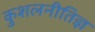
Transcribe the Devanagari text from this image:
कुशलनीतिज्ञ